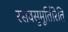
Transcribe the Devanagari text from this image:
रसवसुमूर्तिरिति